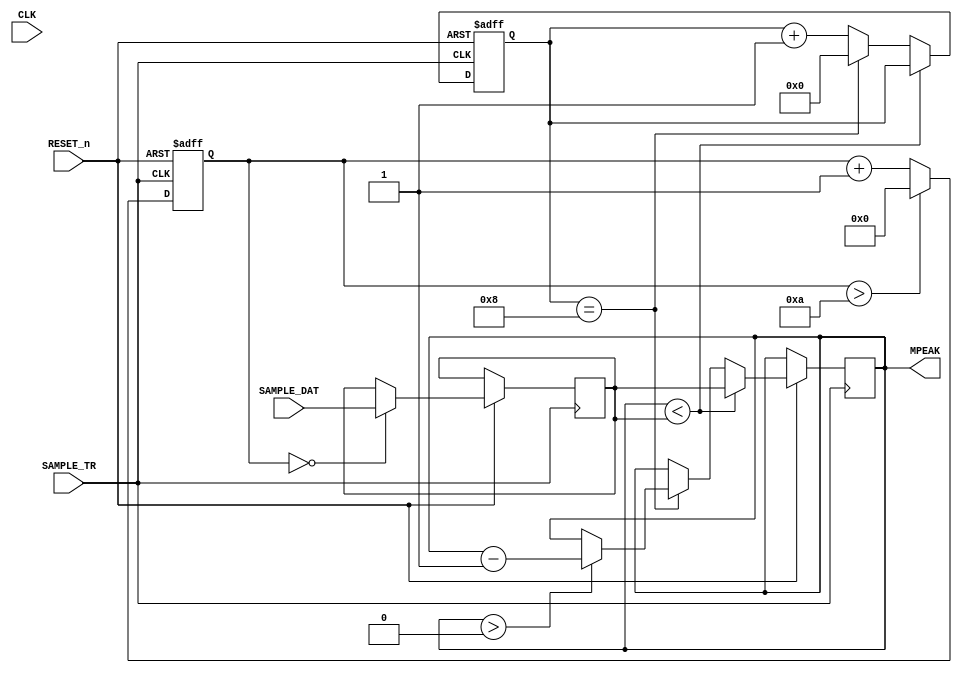
module PEAK_DELAY  ( 
input RESET_n  , 
input CLK,
input SAMPLE_TR,
input [11:0]SAMPLE_DAT ,
output reg [11:0] MPEAK

) ;

reg [11:0]   PEAK, PEAK1 ,PEAK2 ,PEAK3 ,PEAK4 ,PEAK5 ;

reg [31:0]DELAY_CNT  ; 
wire [11:0 ] SUM ; 
assign SUM = ( PEAK + PEAK1 +PEAK2 +PEAK3 +PEAK4   ) / 5  ; 

reg [7:0] CNT  ;

always @( negedge RESET_n  or posedge SAMPLE_TR )   begin 
if (!RESET_n  ) begin 
  CNT<=0;
  DELAY_CNT <=0;  
end
else 
begin  
 
 if ( CNT >10) CNT<=0;
 else CNT <=CNT +1 ; 
 // update 
  if ( CNT==0 ){ PEAK, PEAK1 ,PEAK2 ,PEAK3 ,PEAK4 ,PEAK5  } <= { PEAK1 ,PEAK2 ,PEAK3 ,PEAK4 ,PEAK5 ,SAMPLE_DAT }  ; 
		     if (  MPEAK  <  PEAK5  ) begin  MPEAK<= PEAK5  ; end 
		     else  begin 					       
			  if  (DELAY_CNT == 8) begin  
				    DELAY_CNT <=0;    
				    if ( MPEAK > 0 ) MPEAK <= MPEAK-1 ; 
			  end 
			  else DELAY_CNT  <= DELAY_CNT  + 1 ;
			  end 
				 
end
end
endmodule